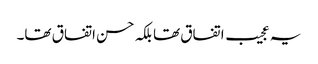
یہ عجیب اتفاق تھا بلکہ حسن اتفاق تھا۔